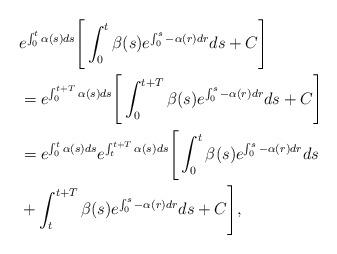
LaTeX: \begin{align*} &e^{\int_0^t\alpha(s)ds}\Bigg[\int_0^t\beta(s)e^{\int_0^s-\alpha(r)dr}ds+C\Bigg]\\&=e^{\int_0^{t+T}\alpha(s)ds}\Bigg[\int_0^{t+T}\beta(s)e^{\int_0^s-\alpha(r)dr}ds+C\Bigg]\\ &=e^{\int_0^{t}\alpha(s)ds}e^{\int_t^{t+T}\alpha(s)ds}\Bigg[\int_0^{t}\beta(s)e^{\int_0^s-\alpha(r)dr}ds\\&+\int_t^{t+T}\beta(s)e^{\int_0^s-\alpha(r)dr}ds+C \Bigg],\end{align*}